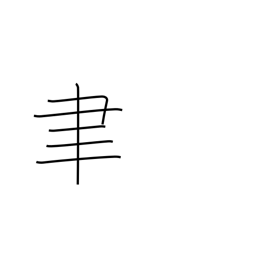
Meaning: writing brush radical (no. 129)